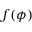
f ( \phi )